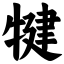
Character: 犍